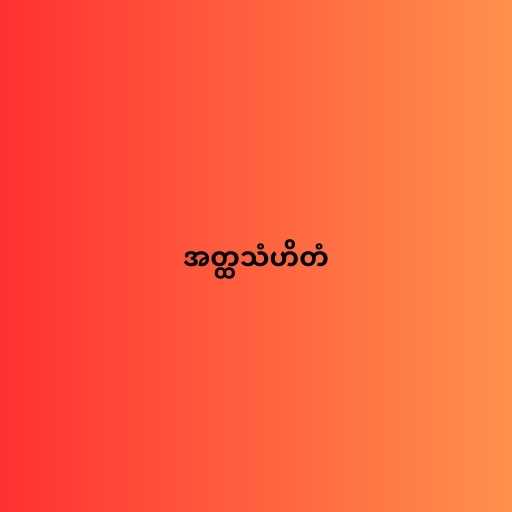
အတ္ထသံဟိတံ